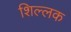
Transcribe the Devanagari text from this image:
शिल्‍लक